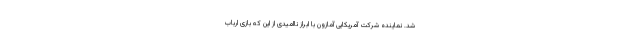
شد. نماینده شرکت آمریکایی آمازون با ابراز ناامیدی از این که بازی ارباب